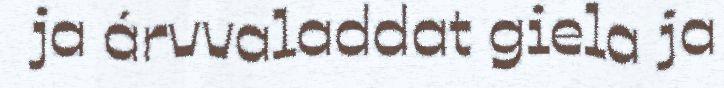
ja árvvaladdat giela ja